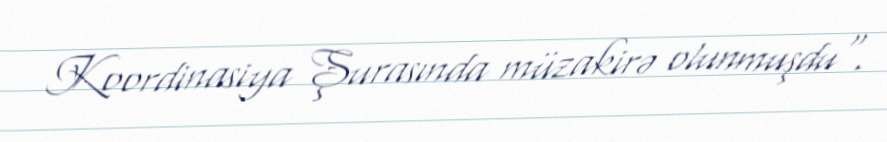
Koordinasiya Şurasında müzakirə olunmuşdu".